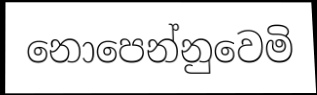
නොපෙන්නුවෙමි